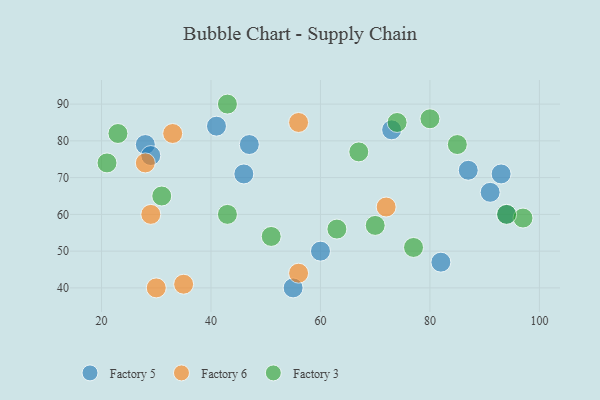
{"axis": {"x": "GDP", "y": "Life Expectancy"}, "legend": ["Factory 3", "Factory 5", "Factory 6"], "data": [{"x": "47", "y": 79, "type": "Factory 5"}, {"x": "73", "y": 83, "type": "Factory 5"}, {"x": "91", "y": 66, "type": "Factory 5"}, {"x": "60", "y": 50, "type": "Factory 5"}, {"x": "94", "y": 60, "type": "Factory 5"}, {"x": "87", "y": 72, "type": "Factory 5"}, {"x": "46", "y": 71, "type": "Factory 5"}, {"x": "41", "y": 84, "type": "Factory 5"}, {"x": "28", "y": 79, "type": "Factory 5"}, {"x": "55", "y": 40, "type": "Factory 5"}, {"x": "82", "y": 47, "type": "Factory 5"}, {"x": "93", "y": 71, "type": "Factory 5"}, {"x": "29", "y": 76, "type": "Factory 5"}, {"x": "33", "y": 82, "type": "Factory 6"}, {"x": "35", "y": 41, "type": "Factory 6"}, {"x": "56", "y": 85, "type": "Factory 6"}, {"x": "28", "y": 74, "type": "Factory 6"}, {"x": "56", "y": 44, "type": "Factory 6"}, {"x": "29", "y": 60, "type": "Factory 6"}, {"x": "30", "y": 40, "type": "Factory 6"}, {"x": "72", "y": 62, "type": "Factory 6"}, {"x": "31", "y": 65, "type": "Factory 3"}, {"x": "80", "y": 86, "type": "Factory 3"}, {"x": "51", "y": 54, "type": "Factory 3"}, {"x": "77", "y": 51, "type": "Factory 3"}, {"x": "70", "y": 57, "type": "Factory 3"}, {"x": "97", "y": 59, "type": "Factory 3"}, {"x": "94", "y": 60, "type": "Factory 3"}, {"x": "43", "y": 60, "type": "Factory 3"}, {"x": "21", "y": 74, "type": "Factory 3"}, {"x": "67", "y": 77, "type": "Factory 3"}, {"x": "23", "y": 82, "type": "Factory 3"}, {"x": "63", "y": 56, "type": "Factory 3"}, {"x": "85", "y": 79, "type": "Factory 3"}, {"x": "74", "y": 85, "type": "Factory 3"}, {"x": "43", "y": 90, "type": "Factory 3"}]}